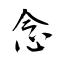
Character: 念